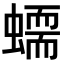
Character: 𧑮